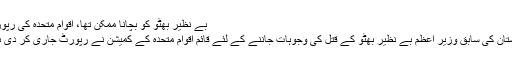
بے نظیر بھٹو کو بچانا ممکن تھا، اقوام متحدہ کی رپورٹ
پاکستان کی سابق وزیر اعظم بے نظیر بھٹو کے قتل کی وجوہات جاننے کے لئے قائم اقوام متحدہ کے کمیشن نے رپورٹ جاری کر دی ہے۔